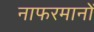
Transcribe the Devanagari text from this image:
नाफरमानों